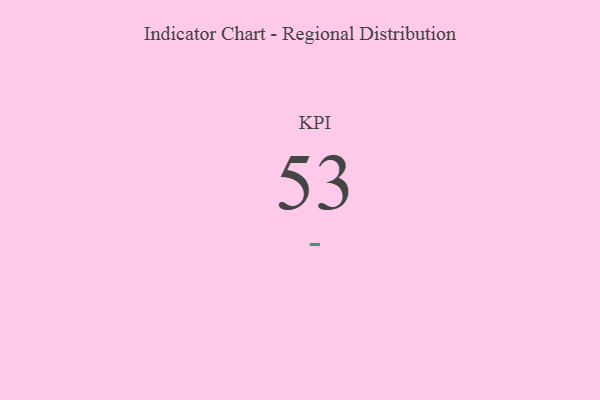
{"axis": {"x": "KPI", "y": "Value"}, "legend": [""], "data": [{"x": "KPI", "y": 53, "type": ""}]}